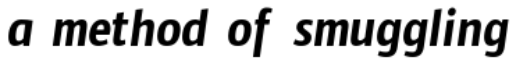
a method of smuggling